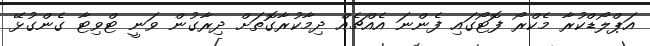
އަޕްލޯޑްކުރާ މެކްރޯ ފޮޓޯގައި ފެންނަ އެއްޗެއް ދިމާކުރާގޮތަށް ދިރާގުން ވަނީ ޓްވިޓާ ގެންގުޅޭ